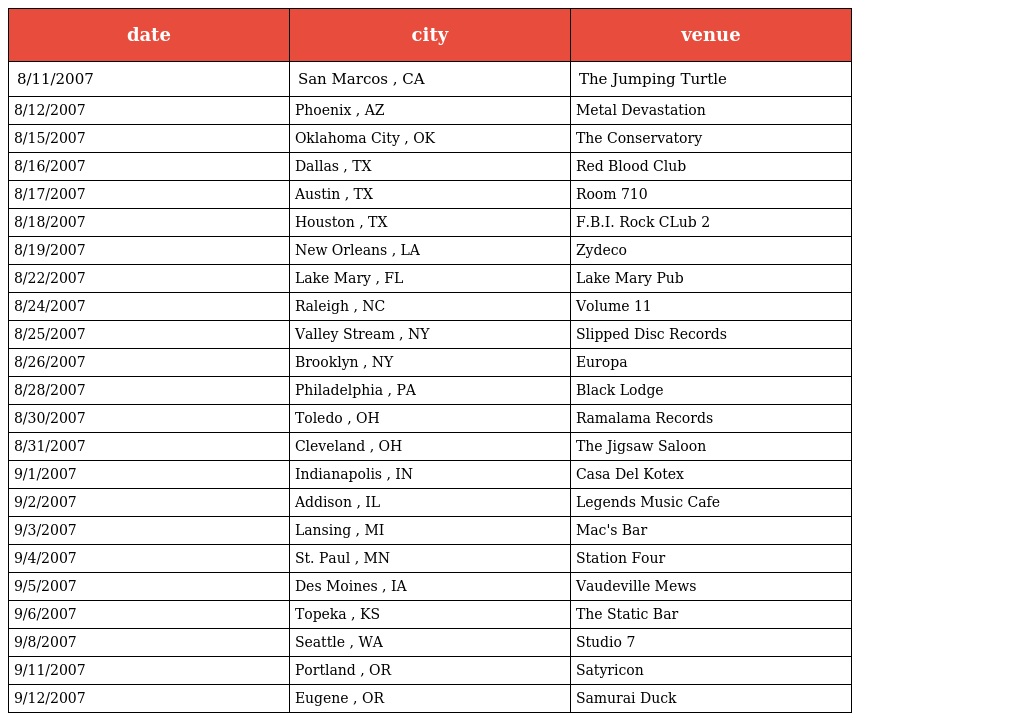
| date | city | venue |
 | --- | --- | --- |
 | 8/11/2007 | San Marcos , CA | The Jumping Turtle |
 | 8/12/2007 | Phoenix , AZ | Metal Devastation |
 | 8/15/2007 | Oklahoma City , OK | The Conservatory |
 | 8/16/2007 | Dallas , TX | Red Blood Club |
 | 8/17/2007 | Austin , TX | Room 710 |
 | 8/18/2007 | Houston , TX | F.B.I. Rock CLub 2 |
 | 8/19/2007 | New Orleans , LA | Zydeco |
 | 8/22/2007 | Lake Mary , FL | Lake Mary Pub |
 | 8/24/2007 | Raleigh , NC | Volume 11 |
 | 8/25/2007 | Valley Stream , NY | Slipped Disc Records |
 | 8/26/2007 | Brooklyn , NY | Europa |
 | 8/28/2007 | Philadelphia , PA | Black Lodge |
 | 8/30/2007 | Toledo , OH | Ramalama Records |
 | 8/31/2007 | Cleveland , OH | The Jigsaw Saloon |
 | 9/1/2007 | Indianapolis , IN | Casa Del Kotex |
 | 9/2/2007 | Addison , IL | Legends Music Cafe |
 | 9/3/2007 | Lansing , MI | Mac's Bar |
 | 9/4/2007 | St. Paul , MN | Station Four |
 | 9/5/2007 | Des Moines , IA | Vaudeville Mews |
 | 9/6/2007 | Topeka , KS | The Static Bar |
 | 9/8/2007 | Seattle , WA | Studio 7 |
 | 9/11/2007 | Portland , OR | Satyricon |
 | 9/12/2007 | Eugene , OR | Samurai Duck |